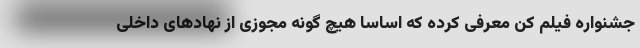
جشنواره فیلم کن معرفی کرده که اساساً هیچ گونه مجوزی از نهادهای داخلی